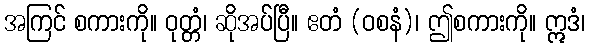
အကြင် စကားကို။ ဝုတ္တံ၊ ဆိုအပ်ပြီ။ ဧတံ (ဝစနံ)၊ ဤစကားကို။ ဣဒံ၊